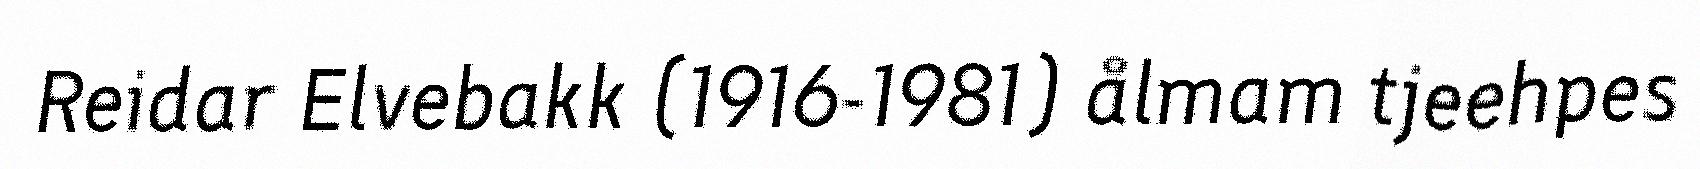
Reidar Elvebakk (1916-1981) ålmam tjeehpes